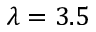
\lambda = 3 . 5